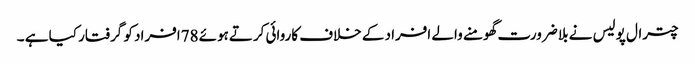
چترال پولیس نے بلا ضرورت گھومنے والے افراد کے خلاف کاروائی کرتےہوئے 78افراد کو گرفتار کیا ہے ۔